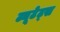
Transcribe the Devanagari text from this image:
ट्यूटेट्स